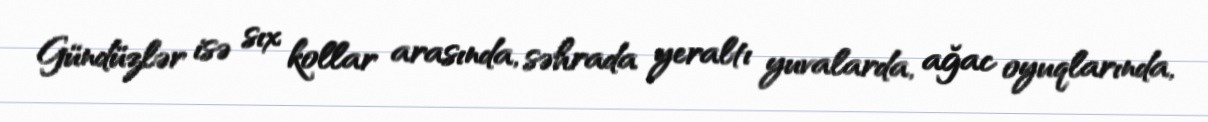
Gündüzlər isə sıx kollar arasında, səhrada yeraltı yuvalarda, ağac oyuqlarında,